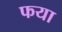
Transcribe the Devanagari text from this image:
फया